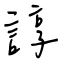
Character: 諄